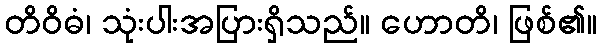
တိဝိဓံ၊ သုံးပါးအပြားရှိသည်။ ဟောတိ၊ ဖြစ်၏။